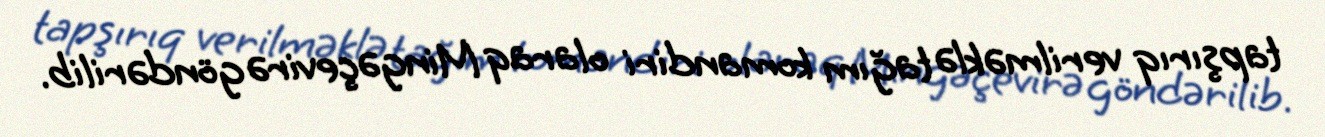
tapşırıq verilməklə tağım komandiri olaraq Mingəçevirə göndərilib.